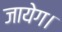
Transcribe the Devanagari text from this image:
जायेग।